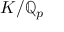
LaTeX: K / \mathbb { Q } _ { p }